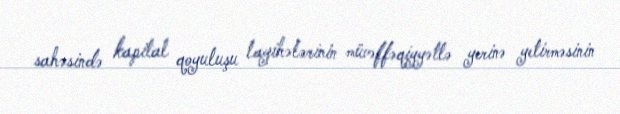
sahəsində kapital qoyuluşu layihələrinin müvəffəqiyyətlə yerinə yetirməsinin